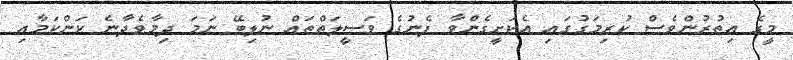
މީގެ އިތުރުންވެސް ކުރިމަގުގައި އެކަށީގެންވާ ފެނުގެ ވަސީލަތްތައް ނުލިބޭ ނަމަ ދިމާވެދާނެ ކަންކަމާއި